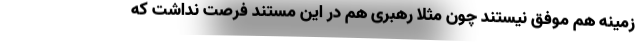
زمینه هم موفق نیستند چون مثلا رهبری هم در این مستند فرصت نداشت که